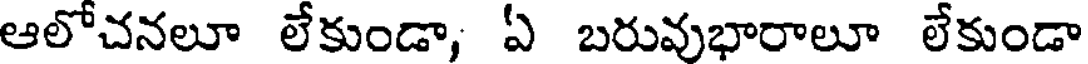
ఆలోచనలూ లేకుండా, ఏ బరువుభారాలూ లేకుండా